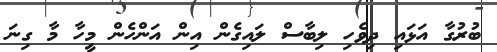
ބުރުގާ އަޅައި ދިވެހި ލިބާސް ލައިގެން އިން އަންހެން މީހާ މާ ގިނަ